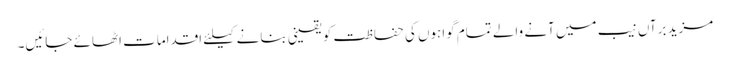
مزید برآں نیب میں آنے والے تمام گواہوں کی حفاظت کو یقینی بنانے کیلئے اقدامات اٹھائے جائیں۔